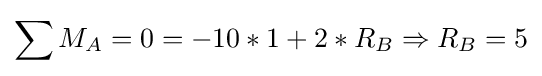
\sum M_{A}=0=-10*1+2*R_{B}\Rightarrow R_{B}=5